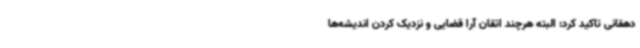
دهقانی تاکید کرد: البته هرچند اتقان آرا قضایی و نزدیک کردن اندیشه‌ها